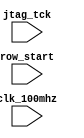
module XC2CAndArrayJIT(jtag_tck, clk_100mhz, row_start);

	//The JIT must run in 10 milliseconds
	//At 100 MHz this is 1M cycles (plenty of time)

	////////////////////////////////////////////////////////////////////////////////////////////////////////////////////
	// I/Os

	input wire		jtag_tck;
	input wire		clk_100mhz;
	input wire		row_start;

endmodule